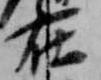
在